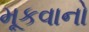
મૂકવાનો